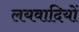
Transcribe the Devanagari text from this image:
लयवादियों